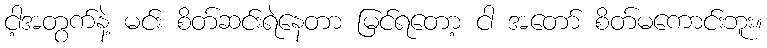
ငါ့အတွက်နဲ့ မင်း စိတ်ဆင်းရဲနေတာ မြင်ရတော့ ငါ အတော် စိတ်မကောင်းဘူး။